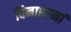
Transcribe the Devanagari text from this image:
विनाशानां